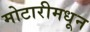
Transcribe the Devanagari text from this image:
मोटारीमधून